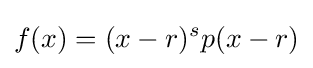
f(x)=(x-r)^{s}p(x-r)